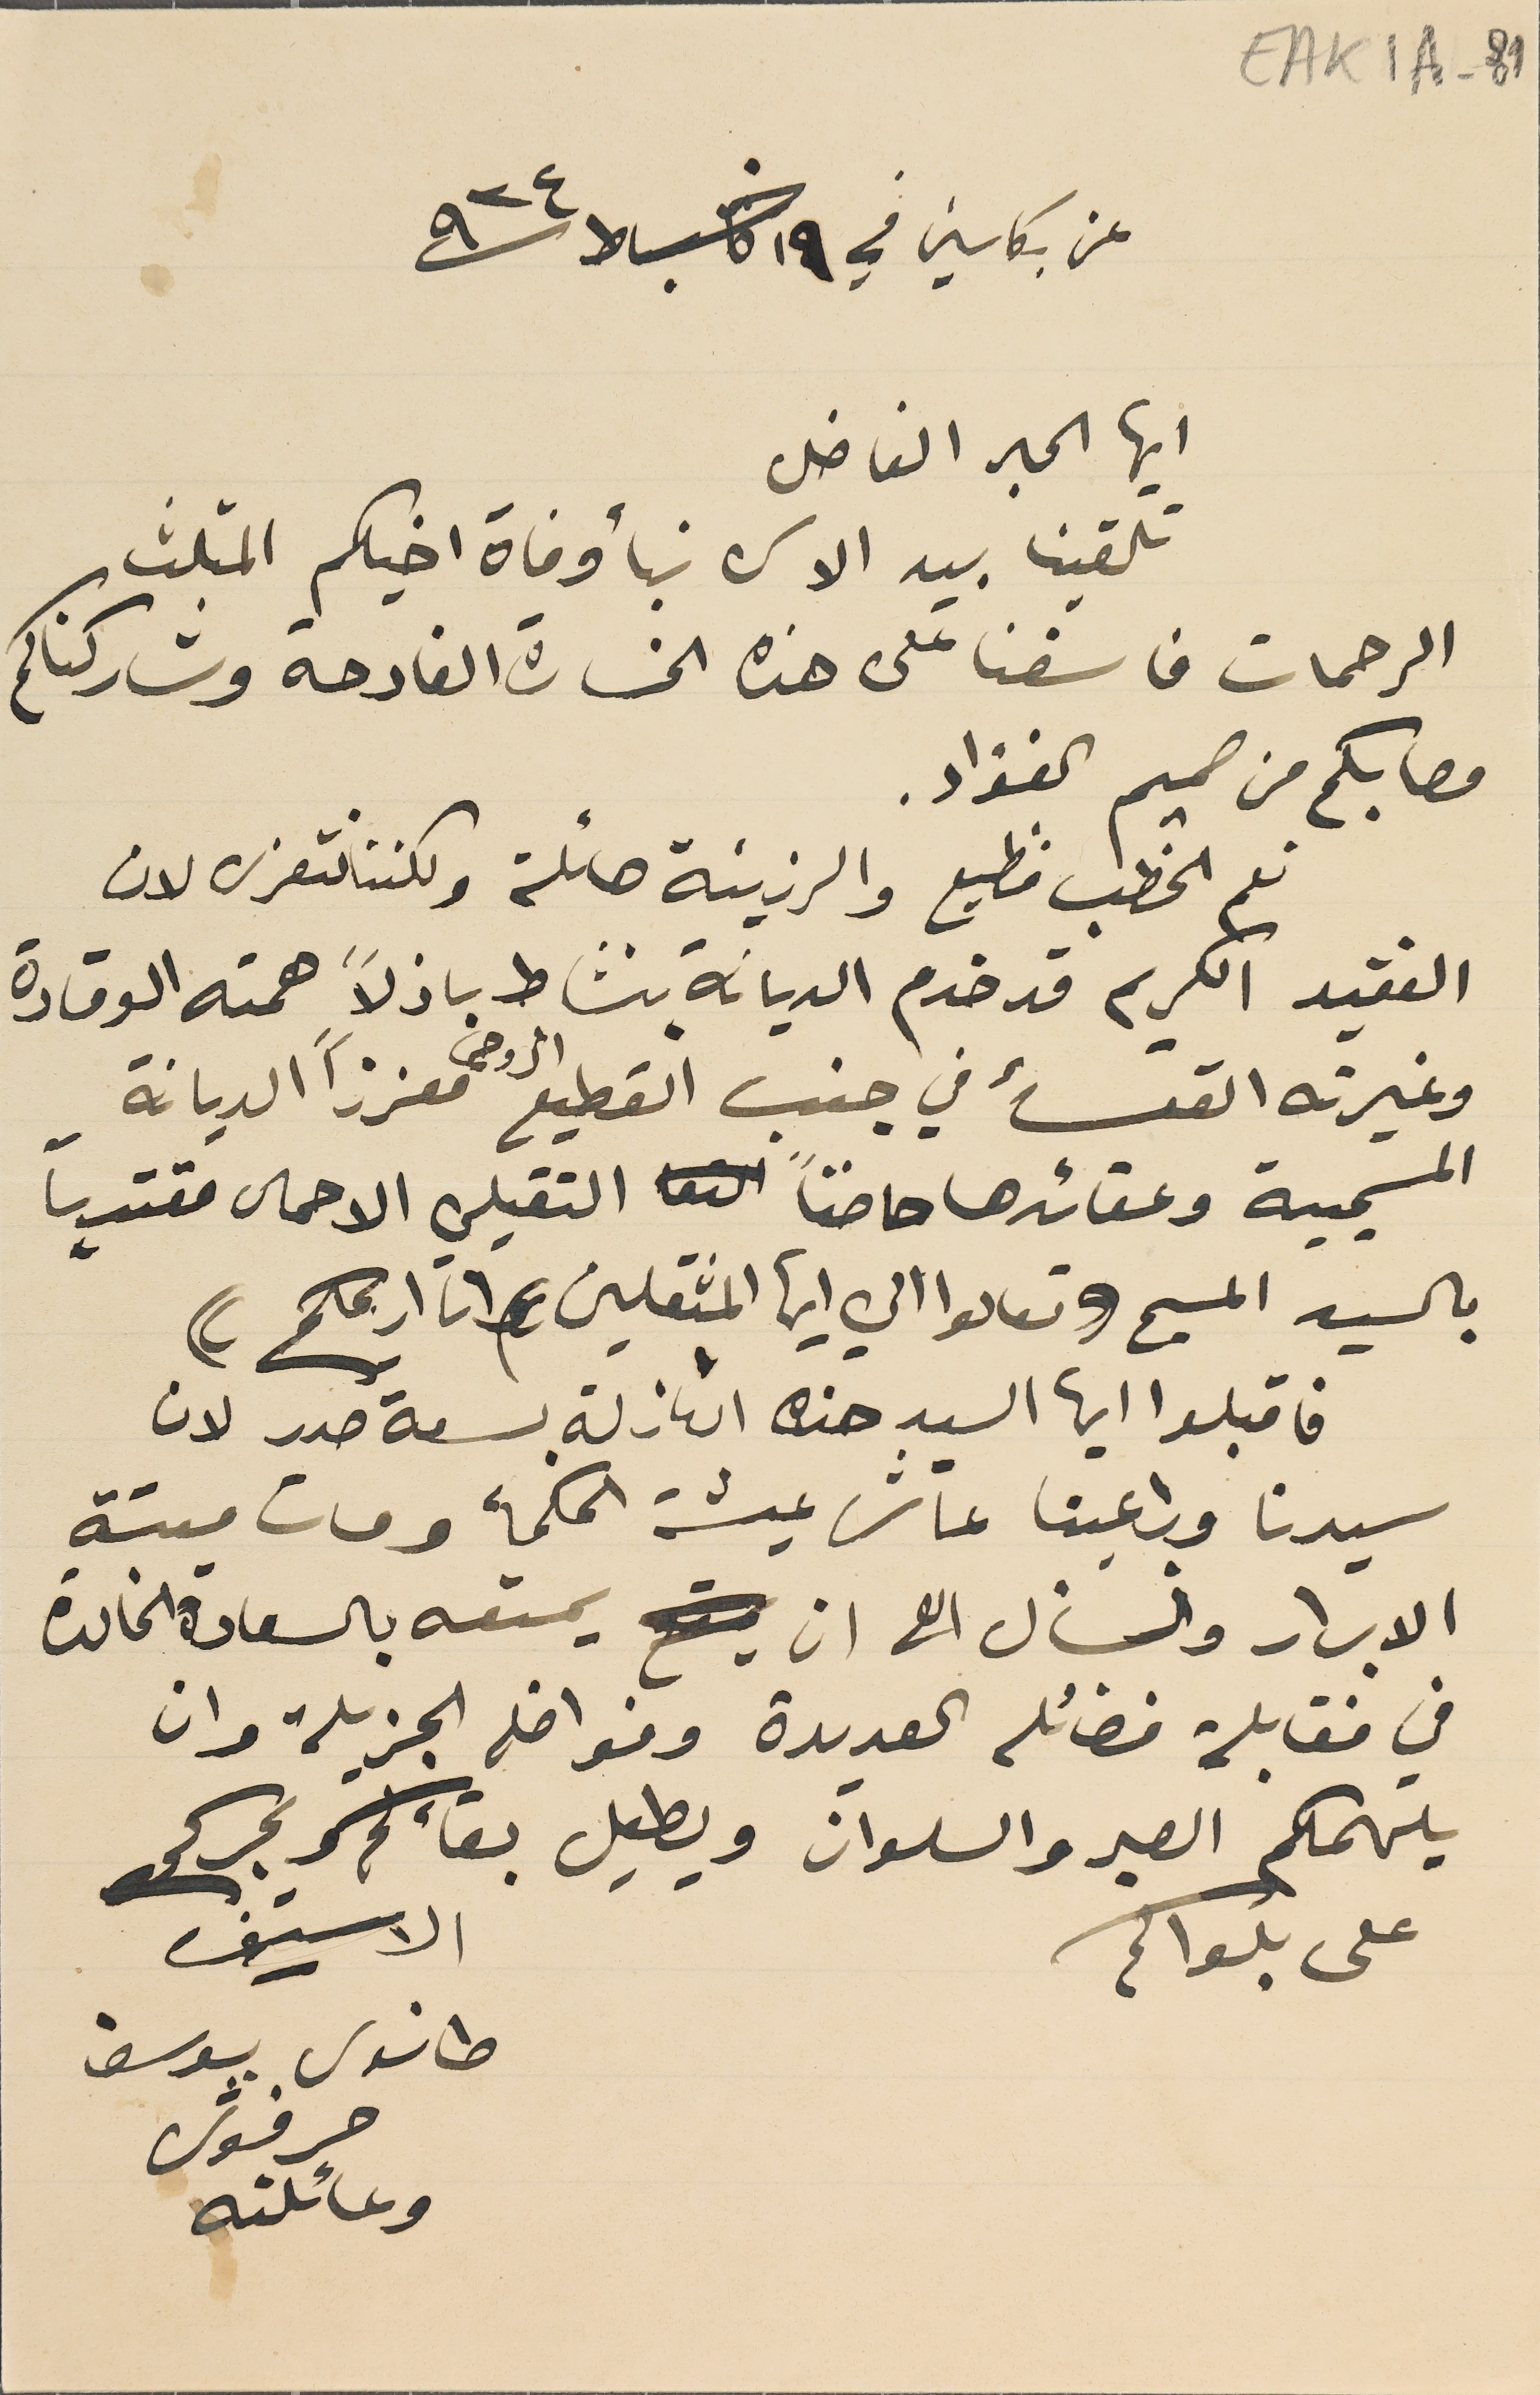
EAK1A-81
عن بكاسين في ١٩ شباط سنة ٩٢٤
 ايها الحبر الفاضل
تلقينا بيد الاسى نبأ وفاة اخيكم المثلث
الرحمات فاسفنا على هذه الخسارة الفادحة وشاركناكم
مصابكم من صميم الفؤاد.
 الفقيد الكريم قد خدم الديانة بنشاط باذلاً همته الوقادة
وغيرته القسأ في جنب القطيع الروحى معززًا الديانة
 المسيحية وعقائدها حاضناً التقيلي الاحمال مقتدياً
بالسيد المسيح ((تعالوا الي ايها المثقلين وانا اريحكم))
فاقبلوا ايها السيد هذه النازلة بسعة صدر لان
سيدنا وراعينا عاش عيشة الحكمأ ومات ميتة
الابرار ونسأل الله ان يمتعه بالسعادة الخالدة
في فقابلة فضائله العديدة وفواضله الجزيلة وان
يلهمكم الصبر والسلوان ويطيل بقاءكم و سبركم
حرفوش
طانوس يوسف
الاسَيف
وعائلته
على بلواكم
نعم الخطب فظيع والرزيئة هائلة ولكننا نتعزى لان